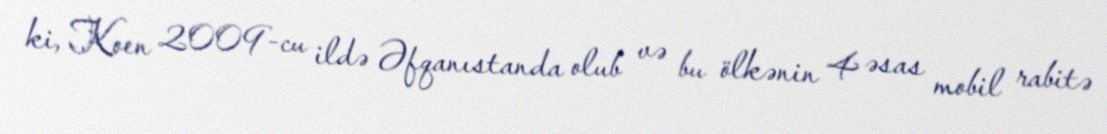
ki, Koen 2009-cu ildə Əfqanıstanda olub və bu ölkənin 4 əsas mobil rabitə